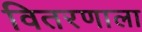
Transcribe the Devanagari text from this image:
वितरणाला